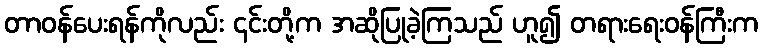
တာဝန်ပေးရန်ကိုလည်း ၎င်းတို့က အဆိုပြုခဲ့ကြသည် ဟူ၍ တရားရေးဝန်ကြီးက